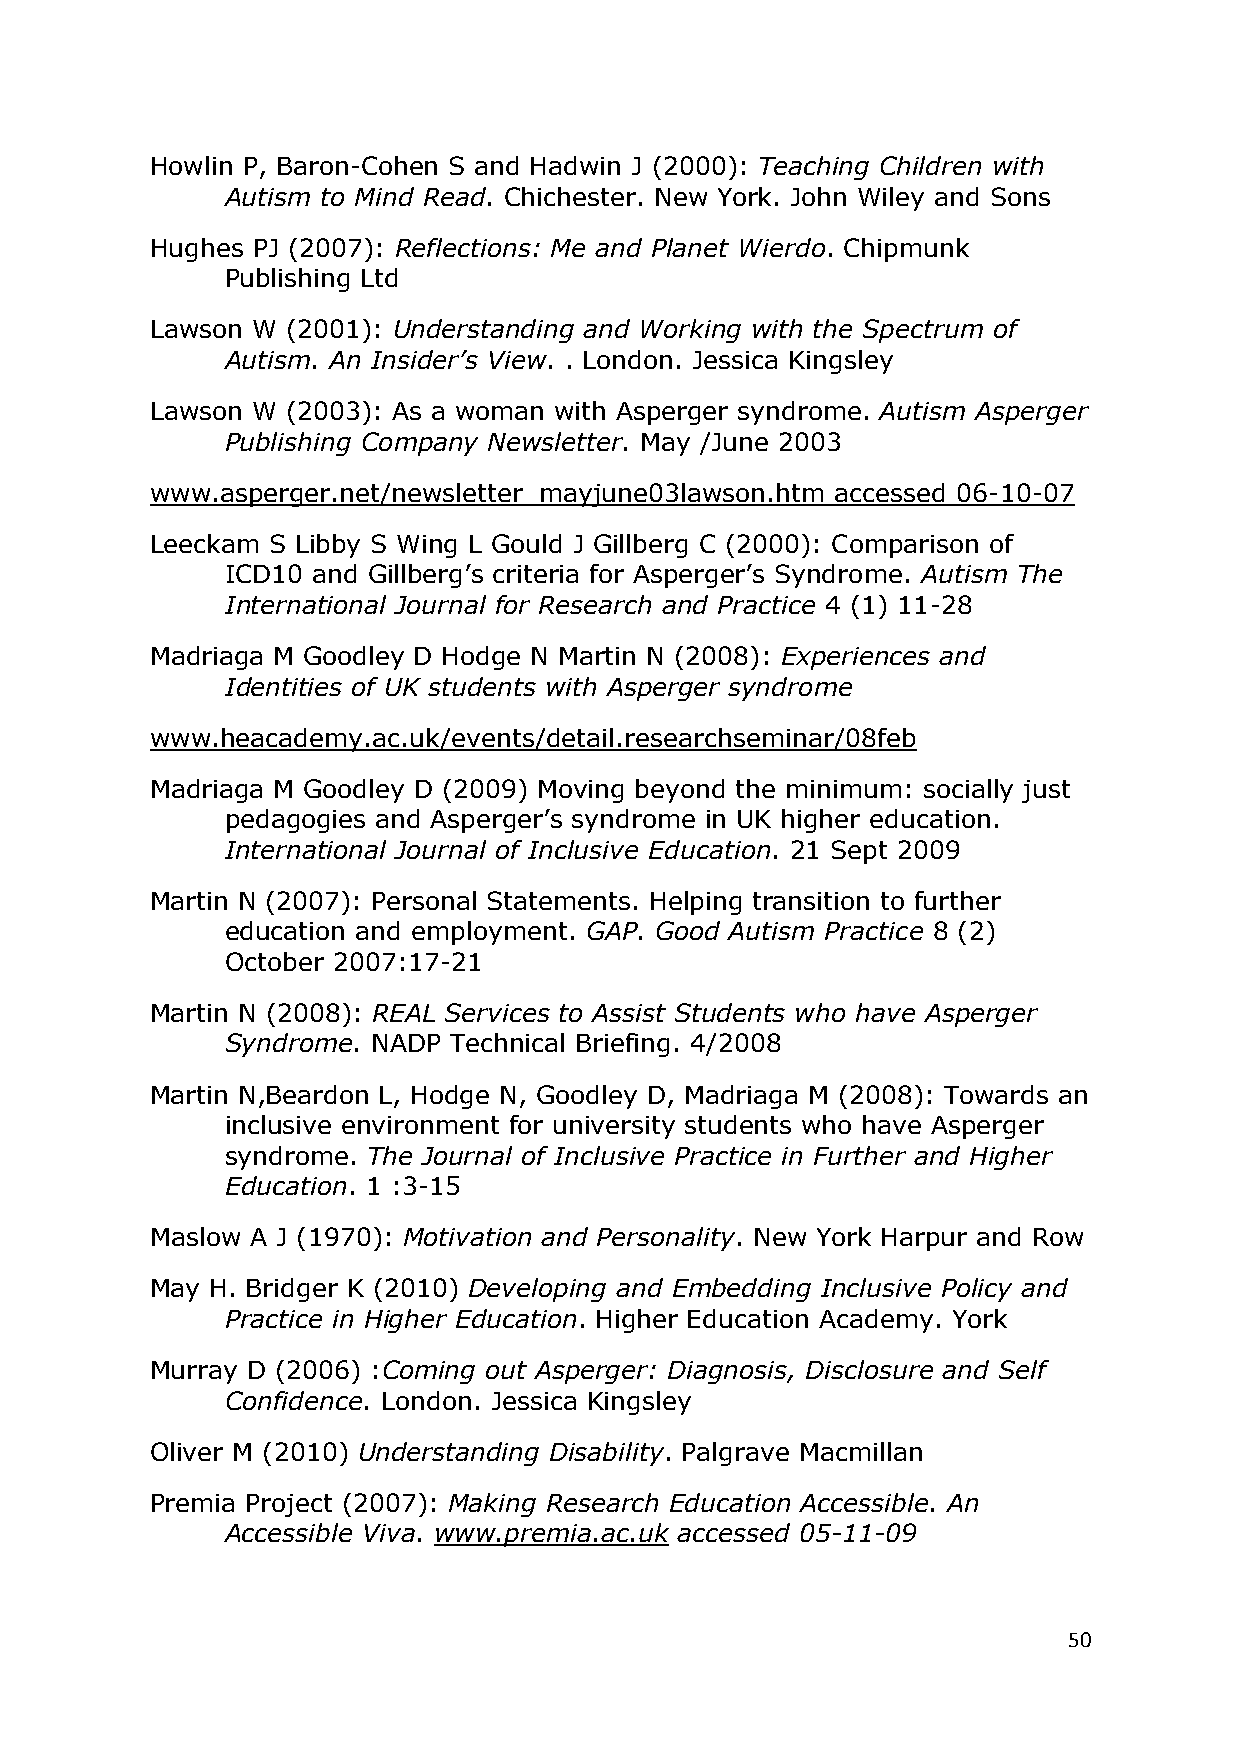
Howlin P, Baron-Cohen S and Hadwin J (2000): Teaching Children with
 Autism to Mind Read. Chichester. New York. John Wiley and Sons
 Hughes PJ (2007): Reflections: Me and Planet Wierdo. Chipmunk
 Publishing Ltd
 Lawson W (2001): Understanding and Working with the Spectrum of
 Autism. An Insider‘s View. . London. Jessica Kingsley
 Lawson W (2003): As a woman with Asperger syndrome. Autism Asperger
 Publishing Company Newsletter. May /June 2003
 www.asperger.net/newsletter_mayjune03lawson.htm accessed 06-10-07
 Leeckam S Libby S Wing L Gould J Gillberg C (2000): Comparison of
 ICD10 and Gillberg‘s criteria for Asperger‘s Syndrome. Autism The
 International Journal for Research and Practice 4 (1) 11-28
 Madriaga M Goodley D Hodge N Martin N (2008): Experiences and
 Identities of UK students with Asperger syndrome
 www.heacademy.ac.uk/events/detail.researchseminar/08feb
 Madriaga M Goodley D (2009) Moving beyond the minimum: socially just
 pedagogies and Asperger‘s syndrome in UK higher education.
 International Journal of Inclusive Education. 21 Sept 2009
 Martin N (2007): Personal Statements. Helping transition to further
 education and employment. GAP. Good Autism Practice 8 (2)
 October 2007:17-21
 Martin N (2008): REAL Services to Assist Students who have Asperger
 Syndrome. NADP Technical Briefing. 4/2008
 Martin N,Beardon L, Hodge N, Goodley D, Madriaga M (2008): Towards an
 inclusive environment for university students who have Asperger
 syndrome. The Journal of Inclusive Practice in Further and Higher
 Education. 1 :3-15
 Maslow A J (1970): Motivation and Personality. New York Harpur and Row
 May H. Bridger K (2010) Developing and Embedding Inclusive Policy and
 Practice in Higher Education. Higher Education Academy. York
 Murray D (2006) :Coming out Asperger: Diagnosis, Disclosure and Self
 Confidence. London. Jessica Kingsley
 Oliver M (2010) Understanding Disability. Palgrave Macmillan
 Premia Project (2007): Making Research Education Accessible. An
 Accessible Viva. www.premia.ac.uk accessed 05-11-09
 50